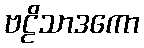
ဗဠိသာဒကော